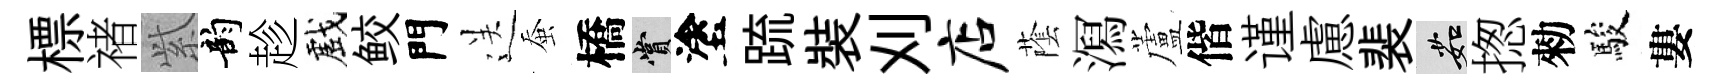
標禇𬗋韵趁戲鲛門送蚕橋賞塗䟽裝刈店䕃㵼蘆偕谨慮裴茹揔勑駿婁